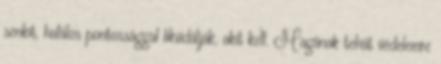
senkit, halálos pontossággal likvidálják, akit kell. Magának tehát védelemre